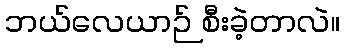
ဘယ်လေယာဉ် စီးခဲ့တာလဲ။